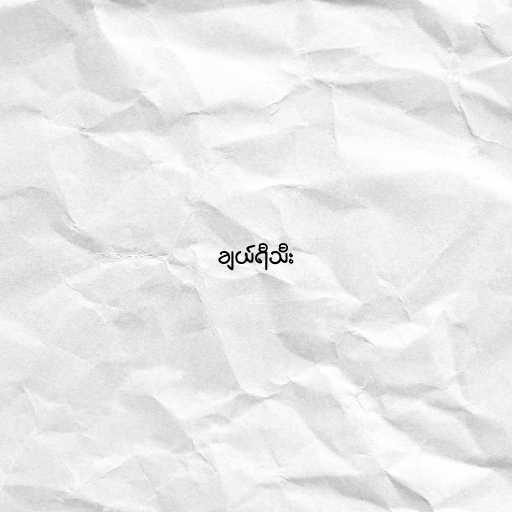
ချယ်ရီသီး